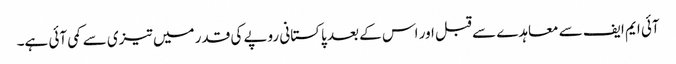
آئی ایم ایف سے معاہدے سے قبل اور اس کے بعد پاکستانی روپے کی قدر میں تیزی سے کمی آئی ہے۔